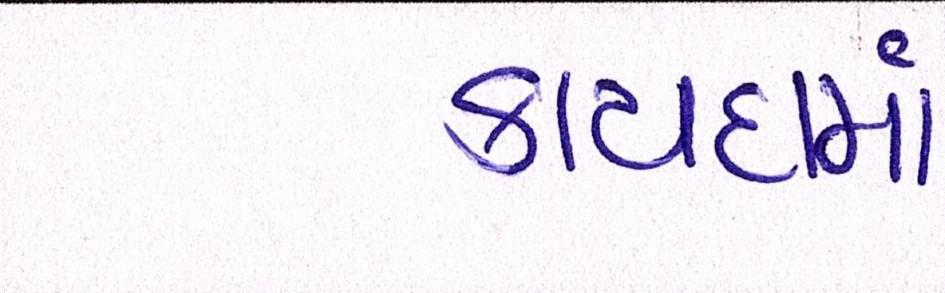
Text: કાયદામાં